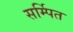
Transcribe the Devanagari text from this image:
सर्म्पित